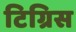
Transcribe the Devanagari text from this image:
टिग्रिस